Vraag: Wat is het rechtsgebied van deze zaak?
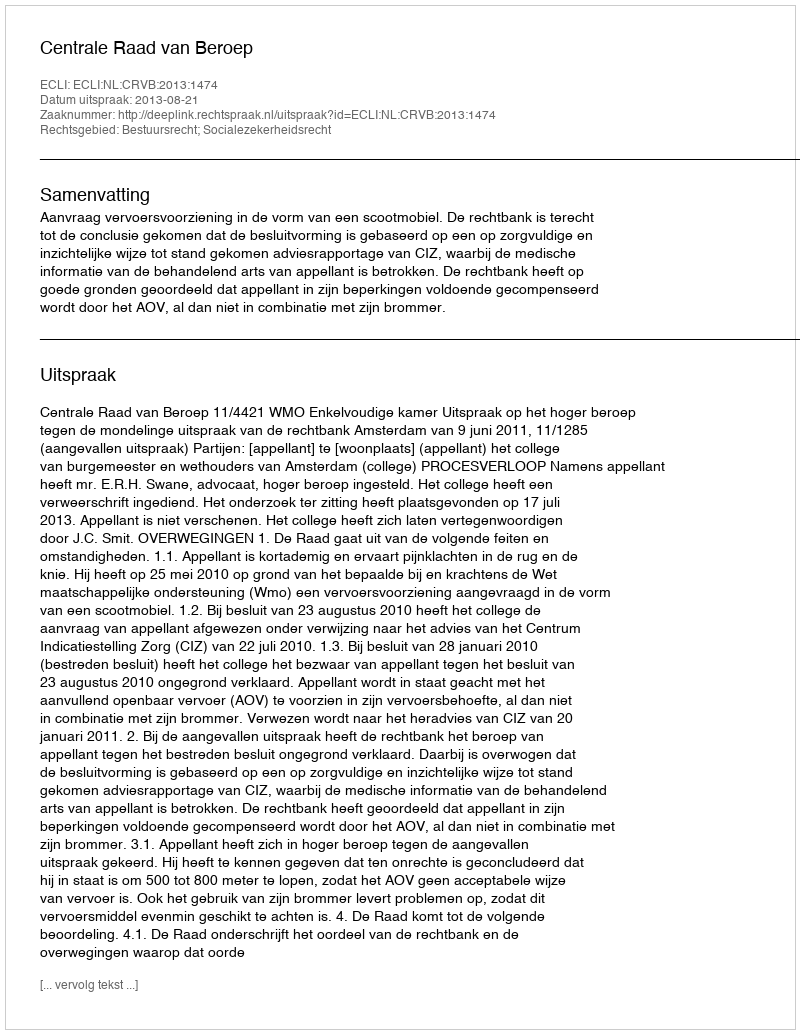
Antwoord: Bestuursrecht; Socialezekerheidsrecht